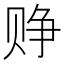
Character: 𬥷